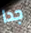
جدا